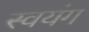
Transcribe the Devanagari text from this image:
स्वयंग